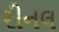
રીનલ